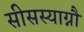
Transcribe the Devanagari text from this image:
सीसस्याग्नौ